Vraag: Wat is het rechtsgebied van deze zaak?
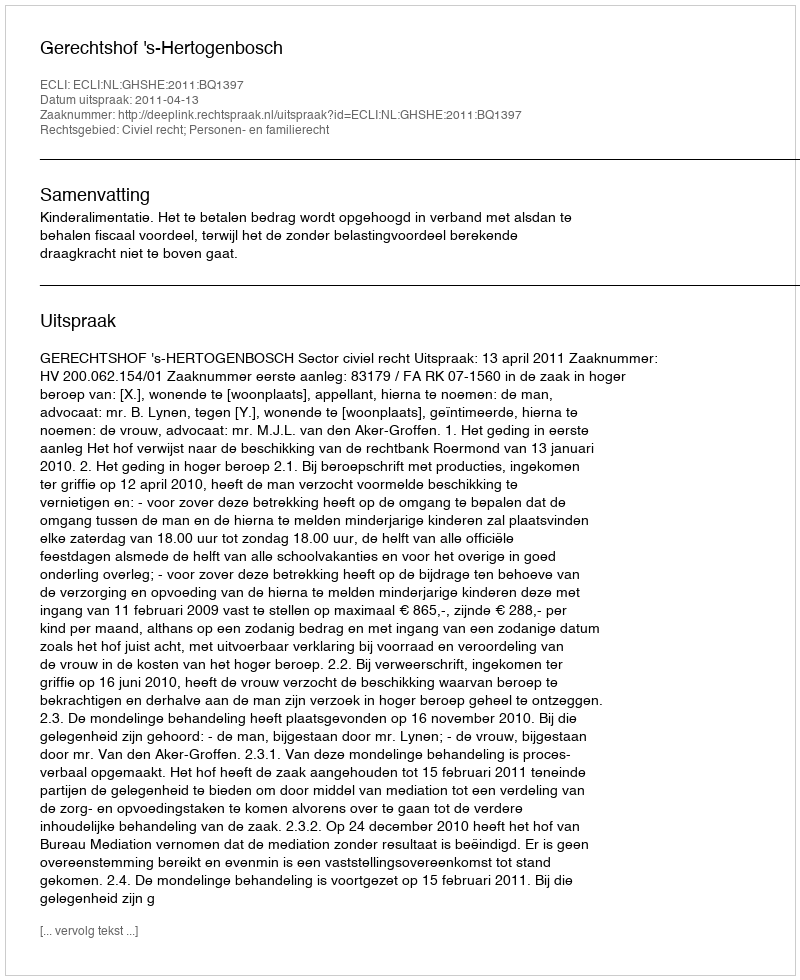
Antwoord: Civiel recht; Personen- en familierecht